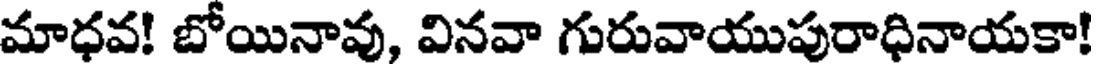
మాధవ! బోయినావు, వినవా గురువాయుపురాధినాయకా!